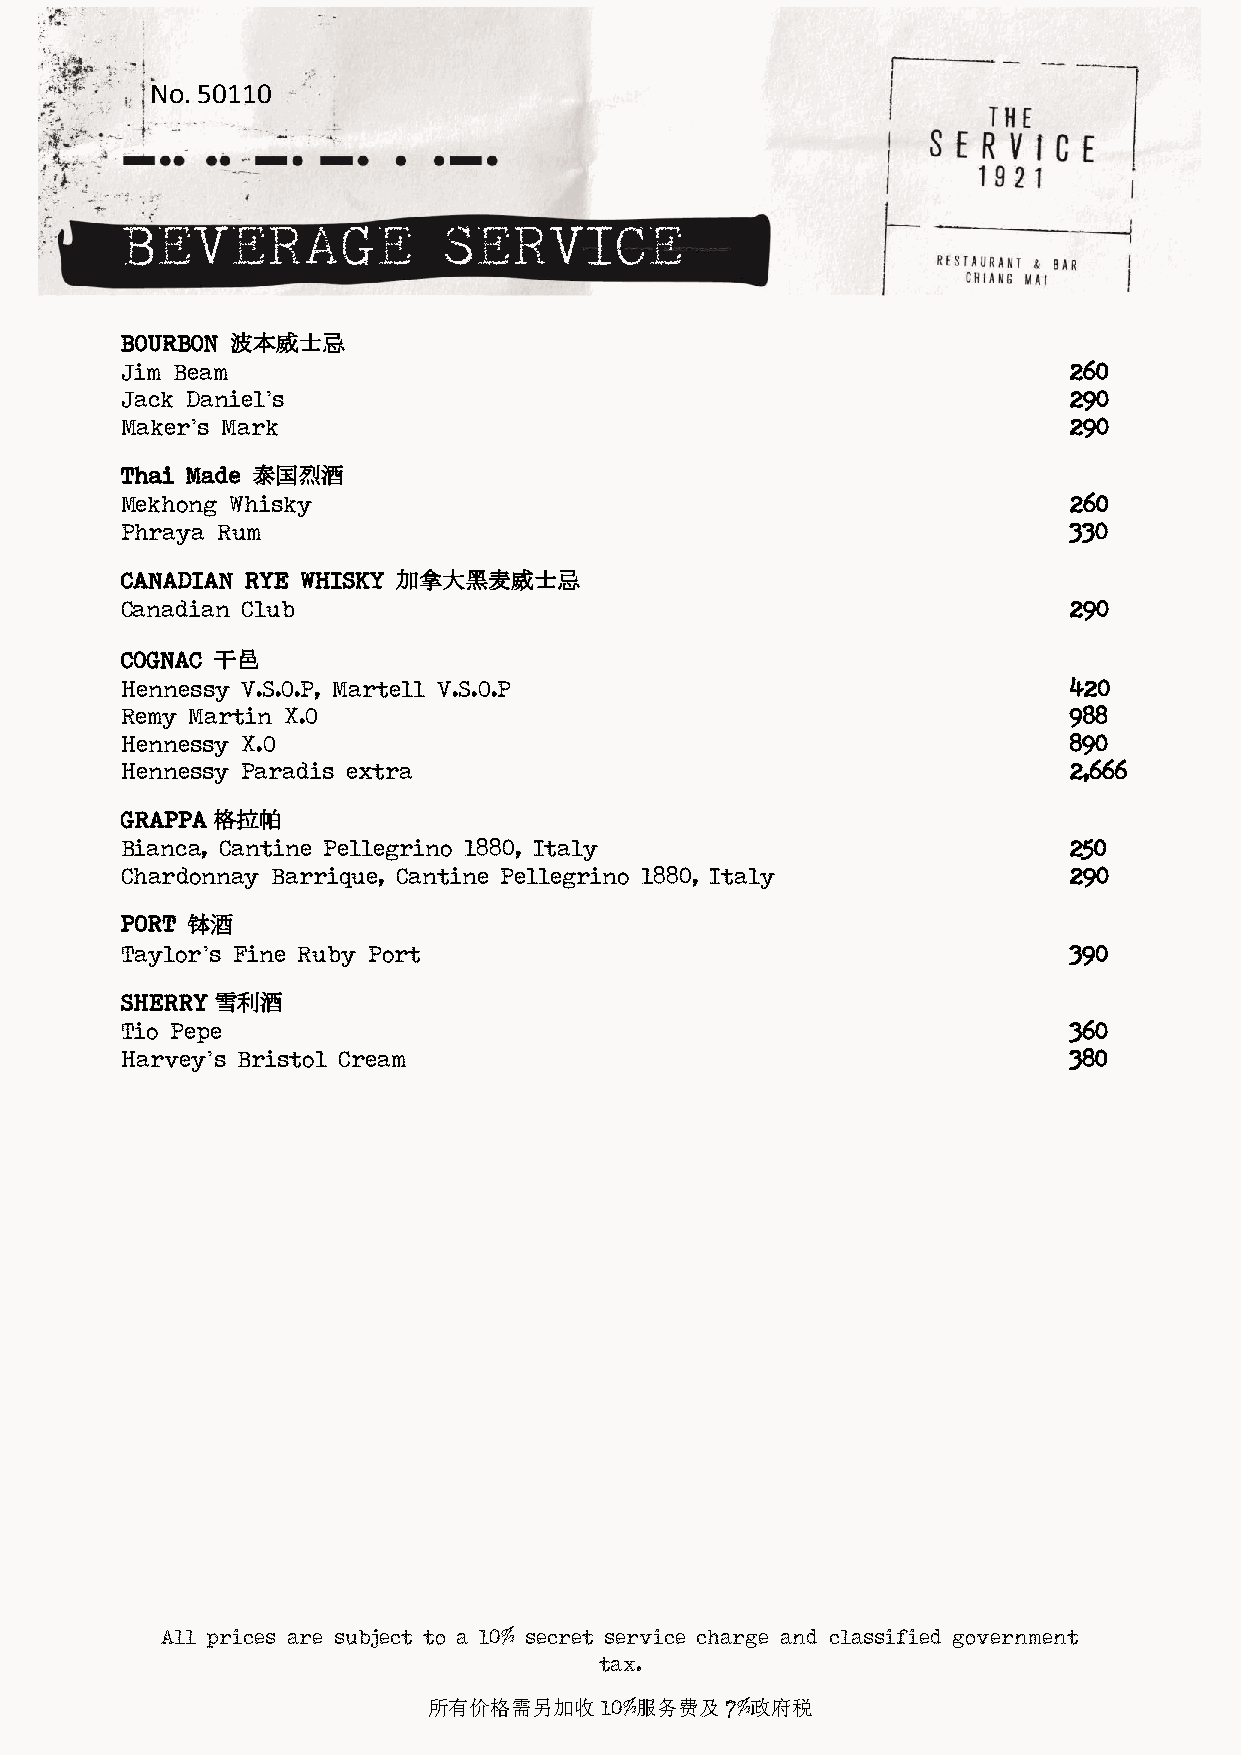
No. 50110
 BEVERAGE             SERVICE
 BOURBON 波本威士忌
 Jim Beam                                                       260
 Jack Daniel’s                                                  290
 Maker’s Mark                                                   290
 Thai Made 泰国烈酒
 Mekhong Whisky                                                 260
 Phraya Rum                                                     330
 CANADIAN RYE WHISKY 加拿大黑麦威士忌
 Canadian Club                                                  290
 COGNAC 干邑
 Hennessy V.S.O.P, Martell V.S.O.P                              420
 Remy Martin X.O                                                988
 Hennessy X.O                                                   890
 Hennessy Paradis extra                                         2,666
 GRAPPA 格拉帕
 Bianca, Cantine Pellegrino 1880, Italy                         250
 Chardonnay Barrique, Cantine Pellegrino 1880, Italy            290
 PORT 钵酒
 Taylor’s Fine Ruby Port                                        390
 SHERRY 雪利酒
 Tio Pepe                                                       360
 Harvey’s Bristol Cream                                         380
 All prices are subject to a 10% secret service charge and classified government
 tax.
 所有价格需另加收10%服务费及7%政府税